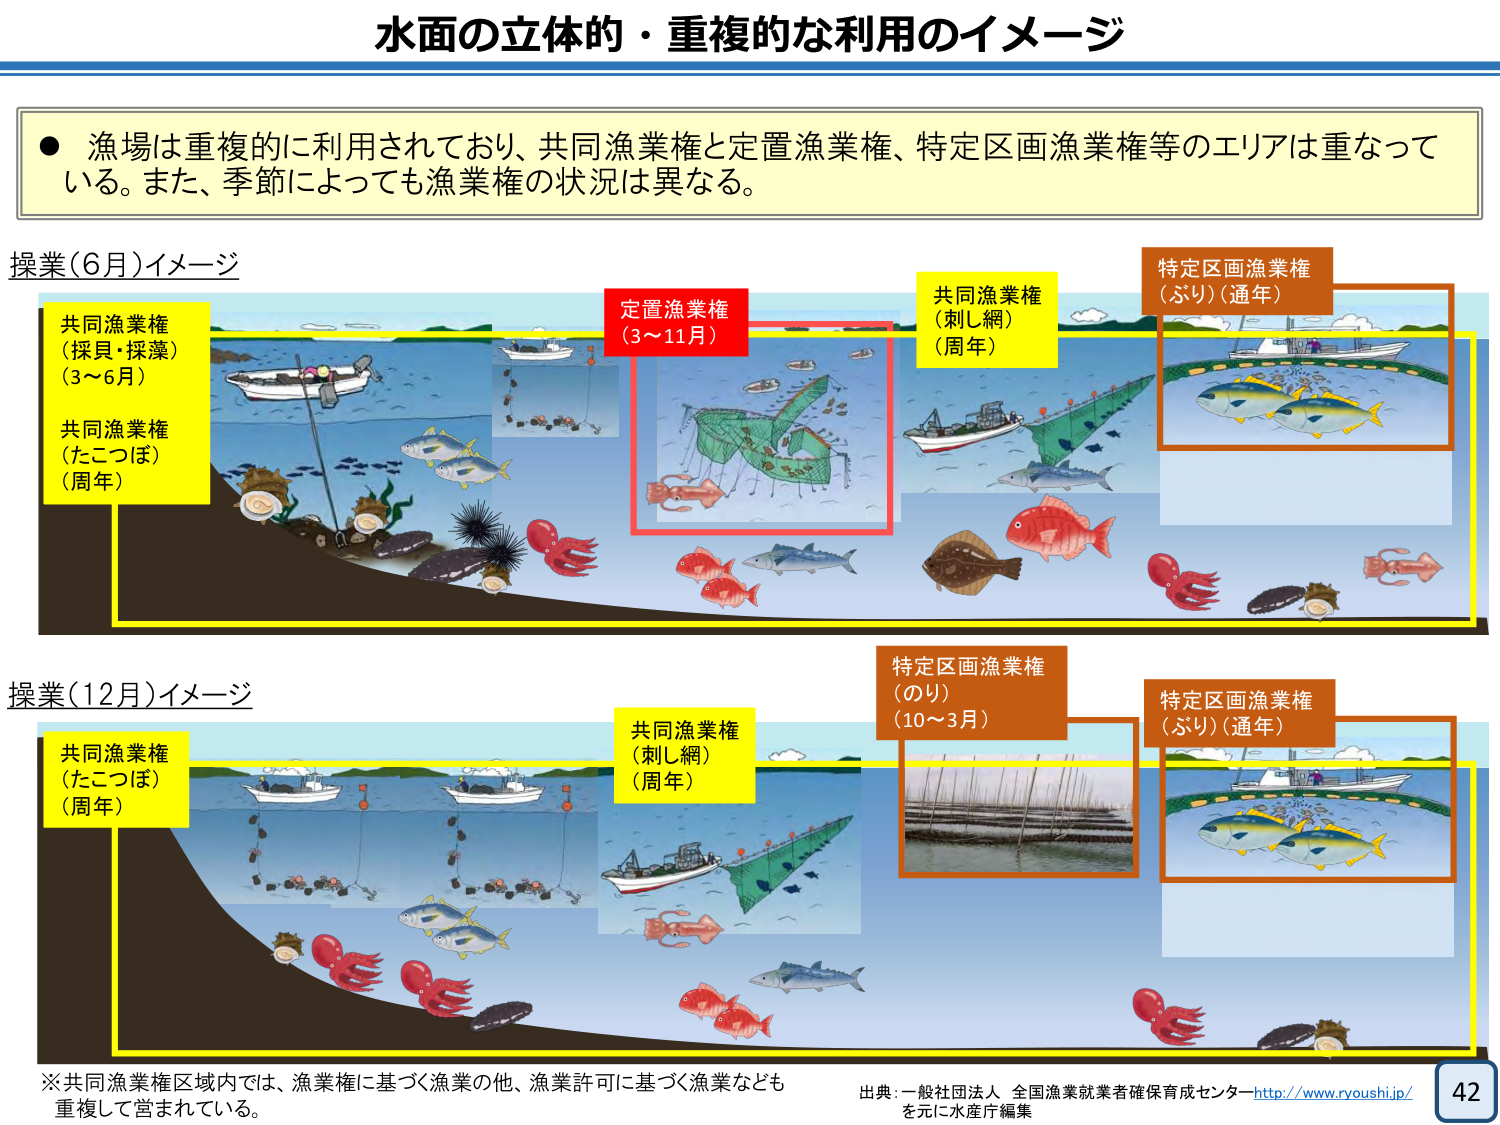
水面の立体的・重複的な利用のイメージ

● 漁場は重複的に利用されており、共同漁業権と定置漁業権、特定区画漁業権等のエリアは重なっている。また、季節によっても漁業権の状況は異なる。

操業（6月）イメージ

共同漁業権
（採貝・採藻）
（3～6月）

共同漁業権
（たこつぼ）
（周年）

定置漁業権
（3～11月）

共同漁業権
（刺し網）
（周年）

特定区画漁業権
（ぶり）（通年）

操業（12月）イメージ

共同漁業権
（たこつぼ）
（周年）

共同漁業権
（刺し網）
（周年）

特定区画漁業権
（のり）
（10～3月）

特定区画漁業権
（ぶり）（通年）

※共同漁業権区域内では、漁業権に基づく漁業の他、漁業許可に基づく漁業なども重複して営まれている。

出典：一般社団法人 全国漁業就業者確保育成センター http://www.ryoushi.jp/
を元に水産庁編集

42